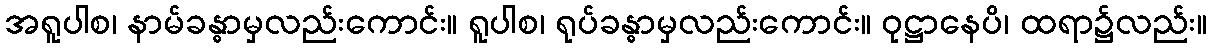
အရူပါစ၊ နာမ်ခန္ဓာမှလည်းကောင်း။ ရူပါစ၊ ရုပ်ခန္ဓာမှလည်းကောင်း။ ဝုဋ္ဌာနေပိ၊ ထရာ၌လည်း။